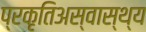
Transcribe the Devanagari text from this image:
प्रकृतिअस्वास्थ्य